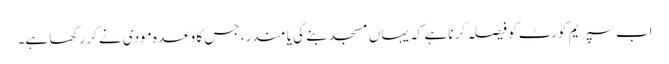
اب سپریم کورٹ کو فیصلہ کرنا ہے کہ یہاں مسجد بنے گی یا مندر، جس کا وعدہ مودی نے کر رکھا ہے۔